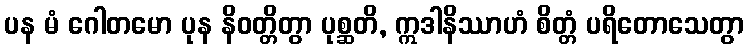
ပန မံ ဂေါတမော ပုန နိဝတ္တိတွာ ပုစ္ဆတိ, ဣဒါနိဿာဟံ စိတ္တံ ပရိတောသေတွာ